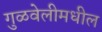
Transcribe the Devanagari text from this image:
गुळवेलीमधील